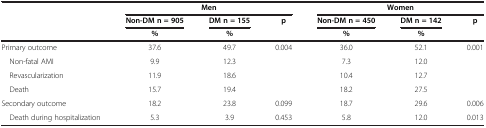
<table><thead><tr><td><b> </b></td><td colspan="3"><b>Men</b></td><td colspan="3"><b>Women</b></td></tr><tr><td><b> </b></td><td><b>Non-DM n = 905</b></td><td><b>DM n = 155</b></td><td><b>p</b></td><td><b>Non-DM n = 450</b></td><td><b>DM n = 142</b></td><td><b>p</b></td></tr><tr><td><b> </b></td><td><b>%</b></td><td><b>%</b></td><td><b> </b></td><td><b>%</b></td><td><b>%</b></td><td><b> </b></td></tr></thead><tbody><tr><td>Primary outcome</td><td>37.6</td><td>49.7</td><td>0.004</td><td>36.0</td><td>52.1</td><td>0.001</td></tr><tr><td> Non-fatal AMI</td><td>9.9</td><td>12.3</td><td> </td><td>7.3</td><td>12.0</td><td> </td></tr><tr><td> Revascularization</td><td>11.9</td><td>18.6</td><td> </td><td>10.4</td><td>12.7</td><td> </td></tr><tr><td> Death</td><td>15.7</td><td>19.4</td><td> </td><td>18.2</td><td>27.5</td><td> </td></tr><tr><td>Secondary outcome</td><td>18.2</td><td>23.8</td><td>0.099</td><td>18.7</td><td>29.6</td><td>0.006</td></tr><tr><td> Death during hospitalization</td><td>5.3</td><td>3.9</td><td>0.453</td><td>5.8</td><td>12.0</td><td>0.013</td></tr></tbody></table>